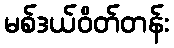
မစ်ဒယ်ဝိတ်တန်း